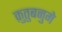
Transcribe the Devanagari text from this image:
क़ुतुबनुमे